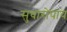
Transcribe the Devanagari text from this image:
सुधारोपाय